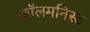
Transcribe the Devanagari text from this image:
कॉलमनिस्ट